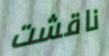
ناقشت